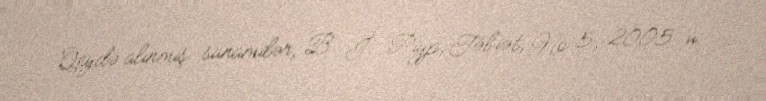
Qeydə alınmış sunamilər, B. İ. Piyp, Təbiət, № 5, 2005 iı.